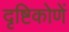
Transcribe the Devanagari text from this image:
दृष्टिकोणें